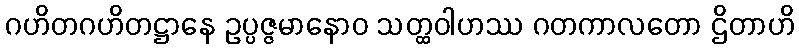
ဂဟိတဂဟိတဋ္ဌာနေ ဥပ္ပဇ္ဇမာနောဝ သတ္ထဝါဟဿ ဂတကာလတော ဌိတာဟိ